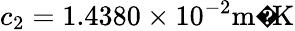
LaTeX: c_{2}=1.4380\times 10^{-2}{\mathrm{m�K}}